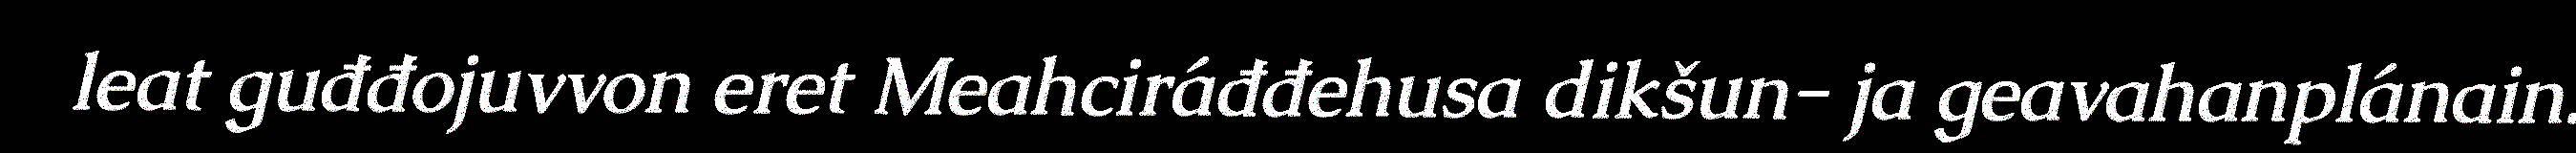
leat guđđojuvvon eret Meahciráđđehusa dikšun- ja geavahanplánain.